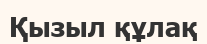
Қызыл құлақ